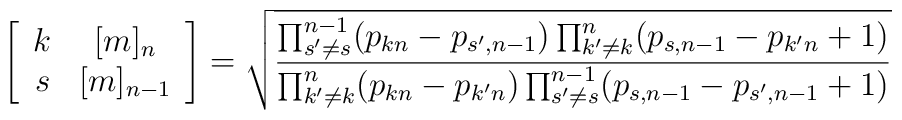
\left[\begin{array}{cc}k & [m]_n\\s & [m]_{n-1}\end{array}\right]=\sqrt{\frac{\prod_{s^\prime \neq s}^{n-1} (p_{kn}-p_{s^\prime, n-1})\prod_{k^\prime \neq k}^n (p_{s, n-1}-p_{k^\prime n}+1)}{\prod_{k^\prime \neq k}^n (p_{kn}-p_{k^\prime n})\prod_{s^\prime \neq s}^{n-1} (p_{s, n-1}-p_{s^\prime, n-1}+1)}}